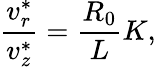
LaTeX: \frac{v_{r}^{*}}{v_{z}^{*}}=\frac{R_{0}}{L}K,